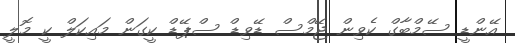
އޭންޑީ ސޭމްބާގް ކެވިން ޖޭމްސް ޑޭވިޑް ސްޕޭޑް ކީގަން މައިކަލް ކީ މޮލީ